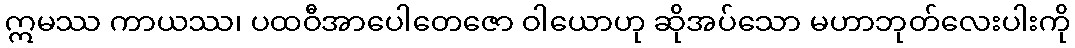
ဣမဿ ကာယဿ၊ ပထဝီအာပေါတေဇော ဝါယောဟု ဆိုအပ်သော မဟာဘုတ်လေးပါးကို